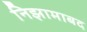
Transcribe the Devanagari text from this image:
निझामाबद